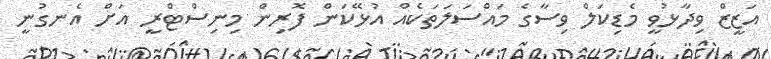
އަޒީޒް ވިދާޅުވީ މެޑިކަލް ވިސާގެ މައްސަލަތަކެއް އުޅޭކަން ފޮރިން މިނިސްޓްރީ އަށް އެނގުނީ